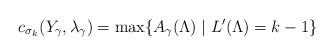
LaTeX: \begin{align*} c_{\sigma_k}(Y_\gamma, \lambda_\gamma) = \max \{ A_\gamma(\Lambda) \mid L'(\Lambda) = k-1 \} \end{align*}